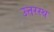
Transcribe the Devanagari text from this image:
उत्तरस्थ